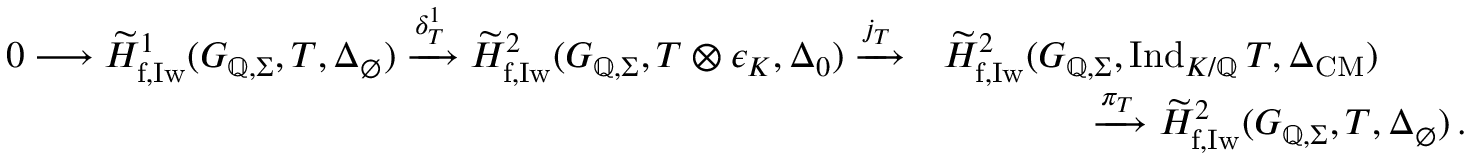
\begin{array} { r } { \begin{array} { r l } { 0 \longrightarrow \widetilde { H } _ { \mathrm { f , I w } } ^ { 1 } ( G _ { \mathbb { Q } , \Sigma } , T , \Delta _ { \emptyset } ) \xrightarrow { \delta _ { T } ^ { 1 } } \widetilde { H } _ { \mathrm { f , I w } } ^ { 2 } ( G _ { \mathbb { Q } , \Sigma } , T \otimes \epsilon _ { K } , \Delta _ { 0 } ) \xrightarrow { j _ { T } } } & { \widetilde { H } _ { \mathrm { f , I w } } ^ { 2 } ( G _ { \mathbb { Q } , \Sigma } , \mathrm { I n d } _ { K / \mathbb { Q } } \, T , \Delta _ { \mathrm { C M } } ) } \\ & { \qquad \qquad \xrightarrow { \pi _ { T } } \widetilde { H } _ { \mathrm { f , I w } } ^ { 2 } ( G _ { \mathbb { Q } , \Sigma } , T , \Delta _ { \emptyset } ) \, . } \end{array} } \end{array}